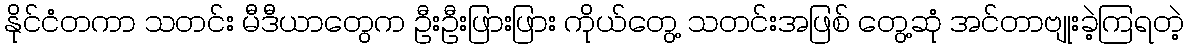
နိုင်ငံတကာ သတင်း မီဒီယာတွေက ဦးဦးဖြားဖြား ကိုယ်တွေ့ သတင်းအဖြစ် တွေ့ဆုံ အင်တာဗျုးခဲ့ကြရတဲ့